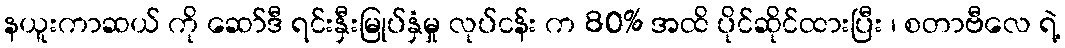
နယူးကာဆယ် ကို ဆော်ဒီ ရင်းနှီးမြုပ်နှံမှု လုပ်ငန်း က 80% အထိ ပိုင်ဆိုင်ထားပြီး ၊ စတာဗီလေ ရဲ့